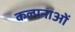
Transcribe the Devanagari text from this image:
कल्‍पनाओं